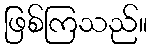
ဖြစ်ကြသည်။